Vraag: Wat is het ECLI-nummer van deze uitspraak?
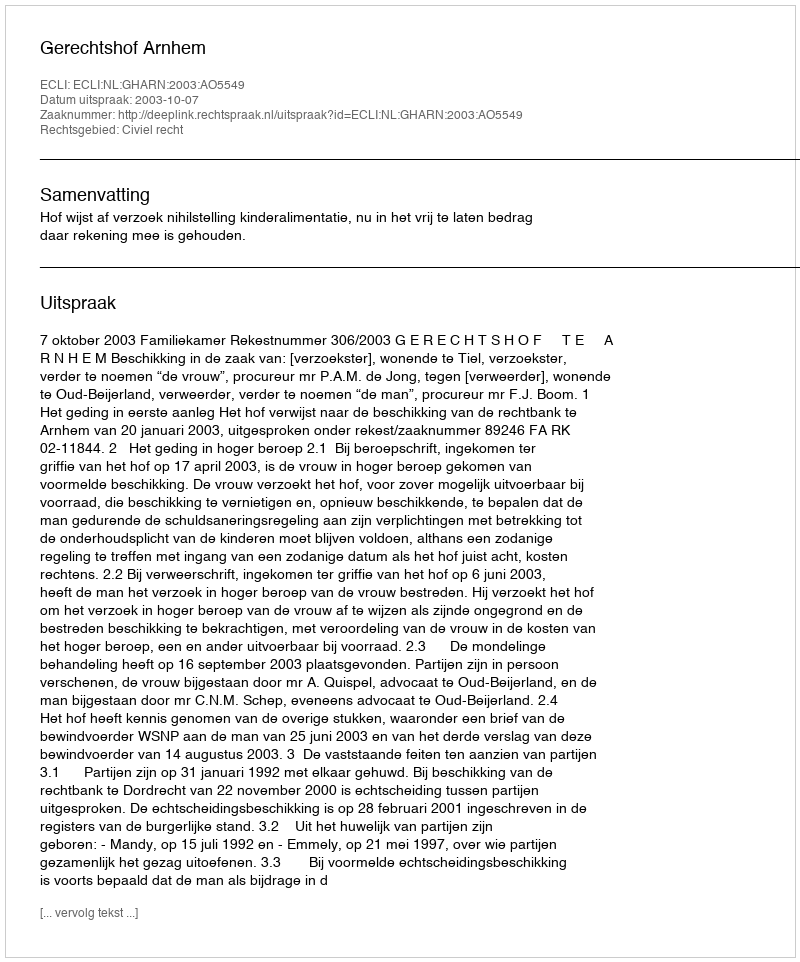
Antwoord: ECLI:NL:GHARN:2003:AO5549